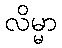
လိမ္မာ